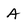
Character: a